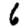
Digit: 6